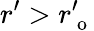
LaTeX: r^{\prime}>r_{\mathrm{~o~}}^{\prime}